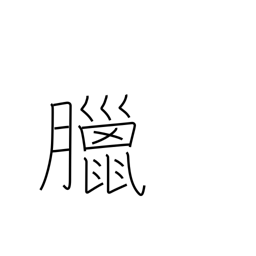
Meaning: 12th lunar month